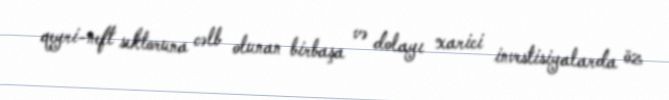
qeyri-neft sektoruna cəlb olunan birbaşa və dolayı xarici investisiyalarda öz